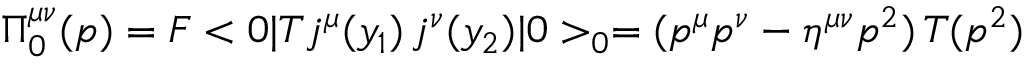
{ \Pi } _ { 0 } ^ { \mu \nu } ( p ) = { \cal F } < 0 | T j ^ { \mu } ( y _ { 1 } ) \, j ^ { \nu } ( y _ { 2 } ) | 0 > _ { 0 } = ( p ^ { \mu } p ^ { \nu } - \eta ^ { \mu \nu } p ^ { 2 } ) \, T ( p ^ { 2 } )